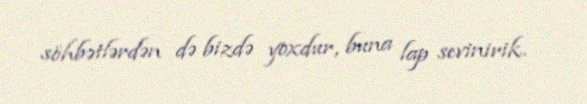
söhbətlərdən də bizdə yoxdur, buna lap sevinirik.